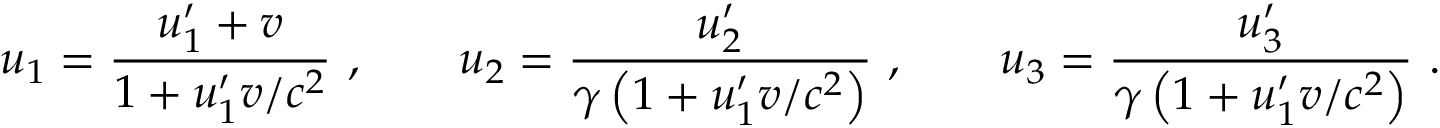
u _ { 1 } = { \frac { u _ { 1 } ^ { \prime } + v } { 1 + u _ { 1 } ^ { \prime } v / c ^ { 2 } } } \ , \qquad u _ { 2 } = { \frac { u _ { 2 } ^ { \prime } } { \gamma \left( 1 + u _ { 1 } ^ { \prime } v / c ^ { 2 } \right) } } \ , \qquad u _ { 3 } = { \frac { u _ { 3 } ^ { \prime } } { \gamma \left( 1 + u _ { 1 } ^ { \prime } v / c ^ { 2 } \right) } } \ .